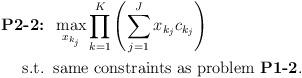
LaTeX: \begin{align*}\mbox{\textbf{P2-2:}} &\;\; \max_{x_{k_j}} \prod_{k=1}^K{\left(\sum_{j=1}^J x_{k_j}c_{k_j}\right)} \\\mbox{s.t.} &\;\; \mbox{same constraints as problem {\bf P1-2}}. \end{align*}